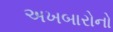
અખબારોનો